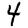
Digit: 4